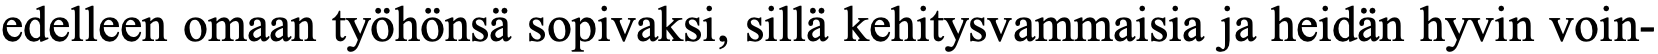
edelleen omaan työhönsä sopivaksi, sillä kehitysvammaisia ja heidän hyvin voin-